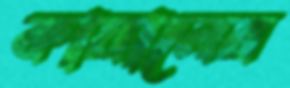
কায়ানের